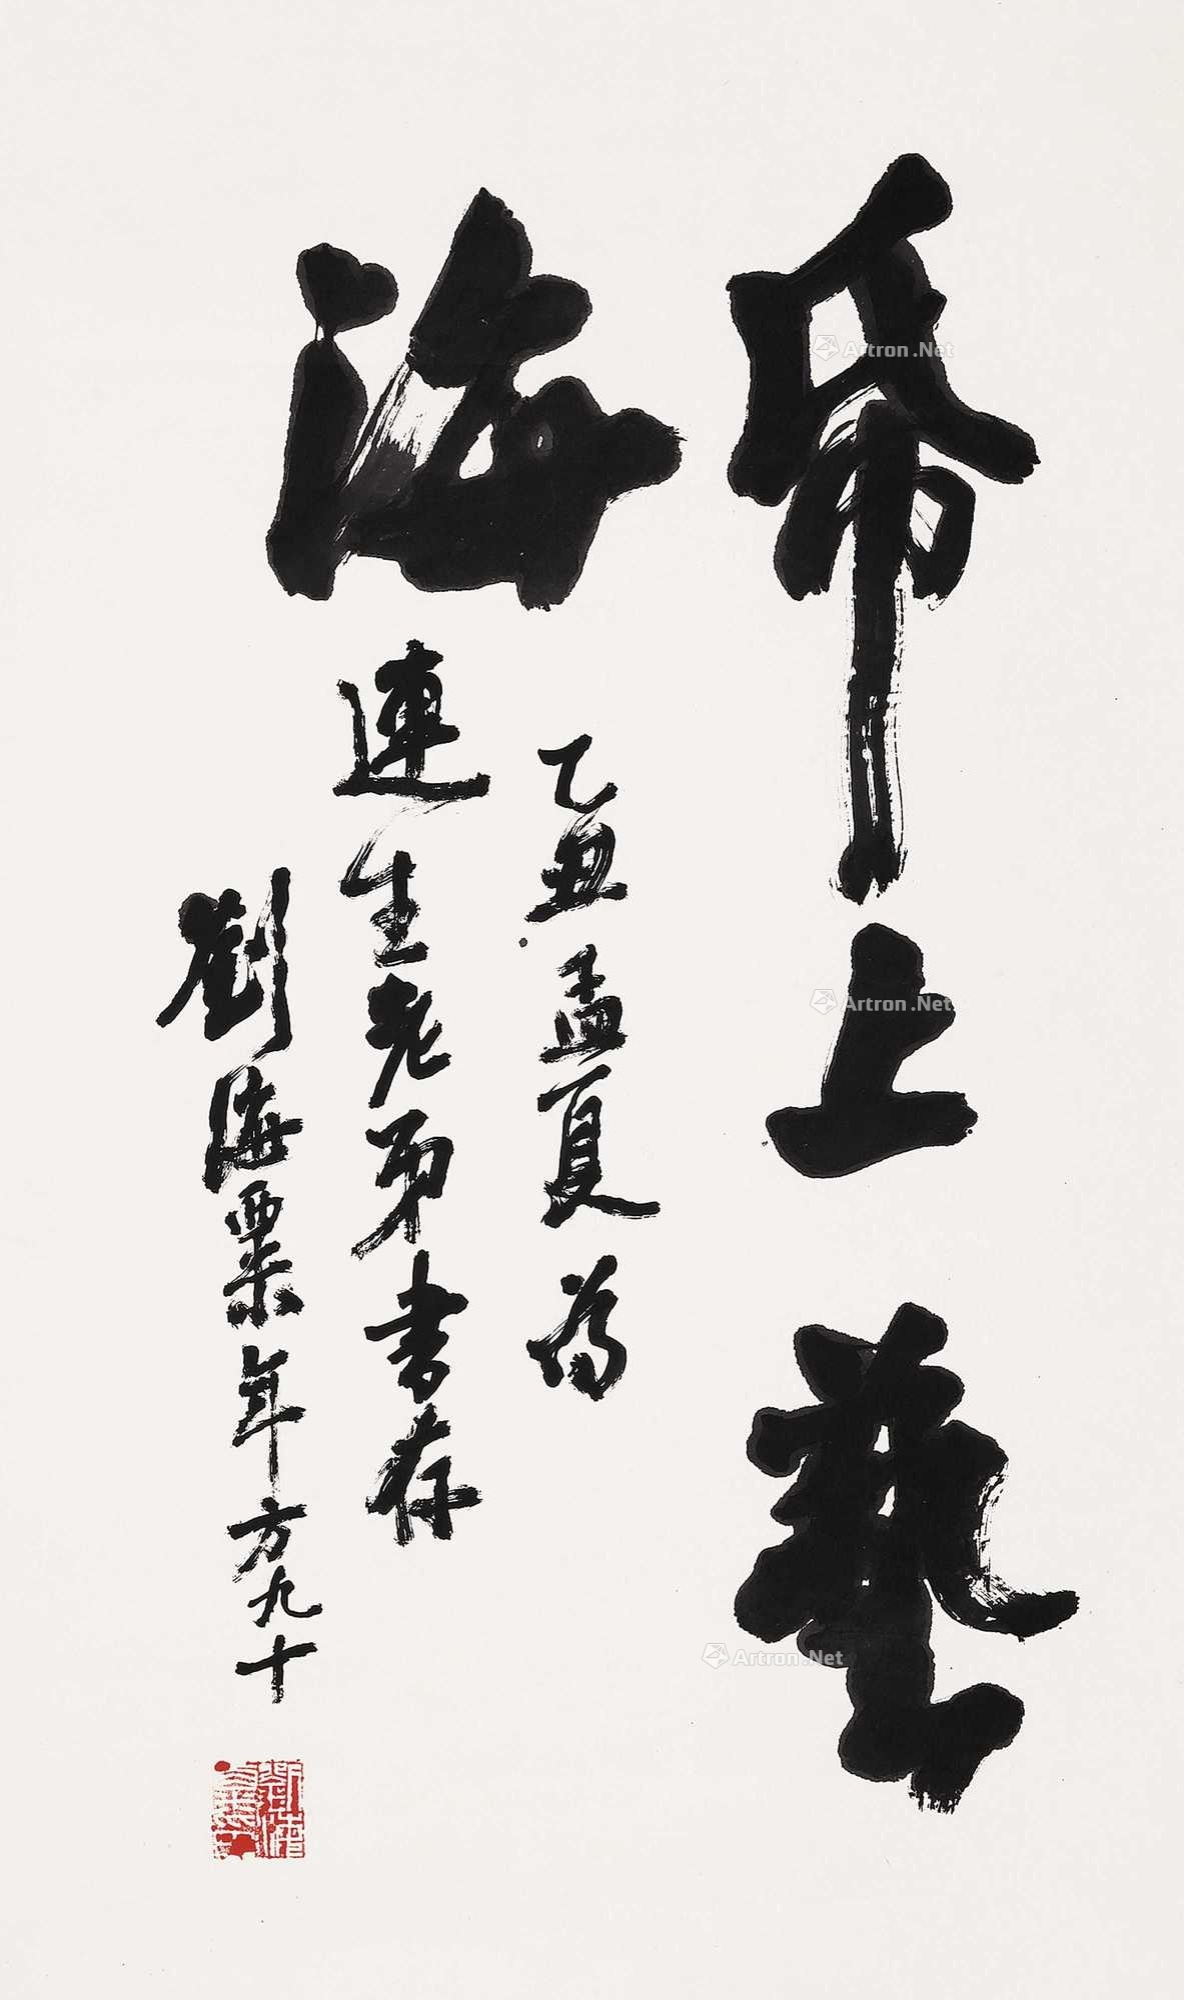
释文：纸上艺海乙丑孟夏为连生老弟书存，刘海粟年方九十。